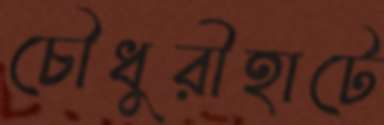
চৌধুরীহাটে